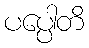
ပပ္ပေါတိ